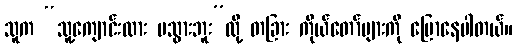
သူက “သူ့ကျောင်းလား မသွားဘူး”လို့ တခြား ကိုယ်တော်များကို ပြောနေပါတယ်။